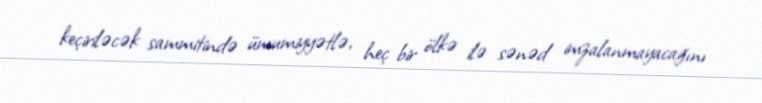
keçiriləcək sammitində ümumiyyətlə, heç bir ölkə ilə sənəd imzalanmayacağını